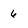
Character: 6